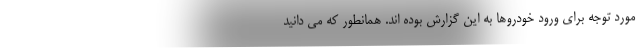
مورد توجه برای ورود خودروها به این گزارش بوده اند. همانطور که می دانید